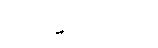
ဗြာဟ္မဏဝဂ္ဂေ